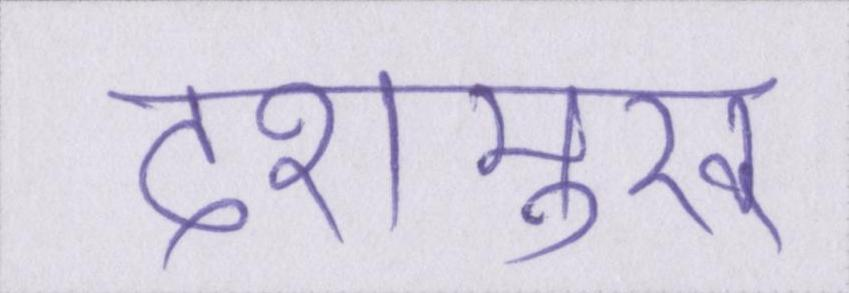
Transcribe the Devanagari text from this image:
देशमुख